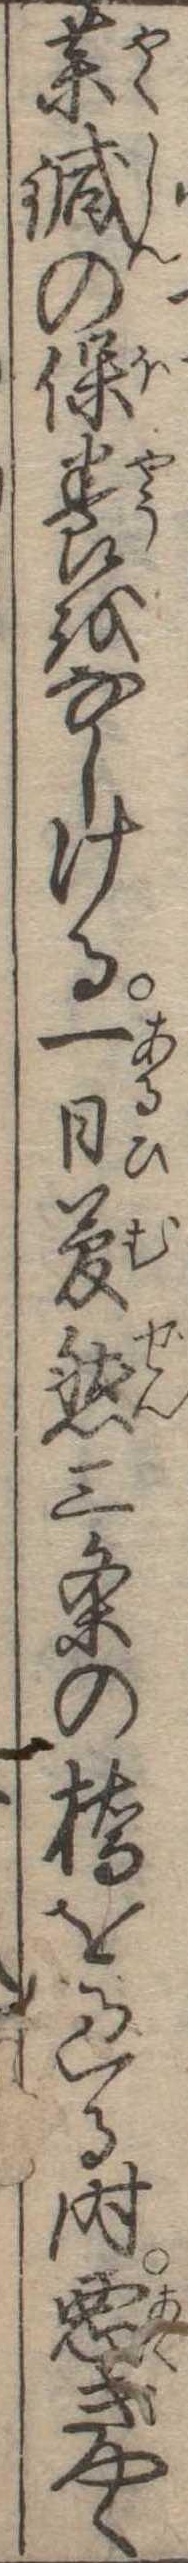
薬鍼の保養をなしける一日夢然三条の橋を過る時悪ぎやく